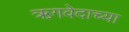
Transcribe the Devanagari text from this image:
ऋगवेदाच्या